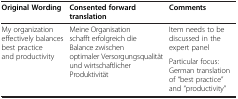
| Original Wording | Consented forward translation | Comments |
 | --- | --- | --- |
 | <ROWSPAN=2> My organization effectively balances best practice and productivity | <ROWSPAN=2> Meine Organisation schafft erfolgreich die Balance zwischen optimaler Versorgungsqualität und wirtschaftlicher Produktivität | Item needs to be discussed in the expert panel |
 | Particular focus: German translation of “best practice” and “productivity” |